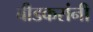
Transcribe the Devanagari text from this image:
बीडकरांनी